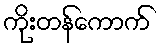
ကိုးတန်ကောက်